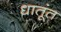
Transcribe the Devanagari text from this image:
धातूंत